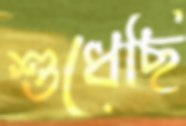
শুধেছি